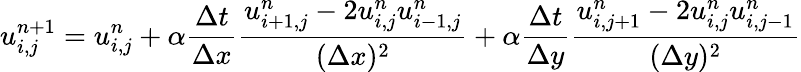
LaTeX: u_{i,j}^{n+1}=u_{i,j}^{n}+\alpha\frac{\Delta t}{\Delta x}\frac{u_{i+1,j}^{n}-2u_{i,j}^{n}u_{i-1,j}^{n}}{(\Delta x)^{2}}+\alpha\frac{\Delta t}{\Delta y}\frac{u_{i,j+1}^{n}-2u_{i,j}^{n}u_{i,j-1}^{n}}{(\Delta y)^{2}}